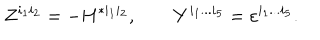
LaTeX: Z ^ { i _ { 1 } i _ { 2 } } = - H ^ { * i _ { 1 } i _ { 2 } } , \qquad Y ^ { i _ { 1 } . . . i _ { 5 } } = \varepsilon ^ { i _ { 1 } . . . i _ { 5 } } .